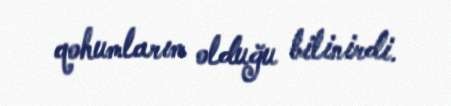
qohumlarım olduğu bilinirdi.